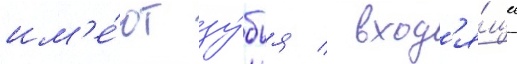
им'е́ют зу́бья / вход'я́щие